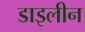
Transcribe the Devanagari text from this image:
डाइलीन